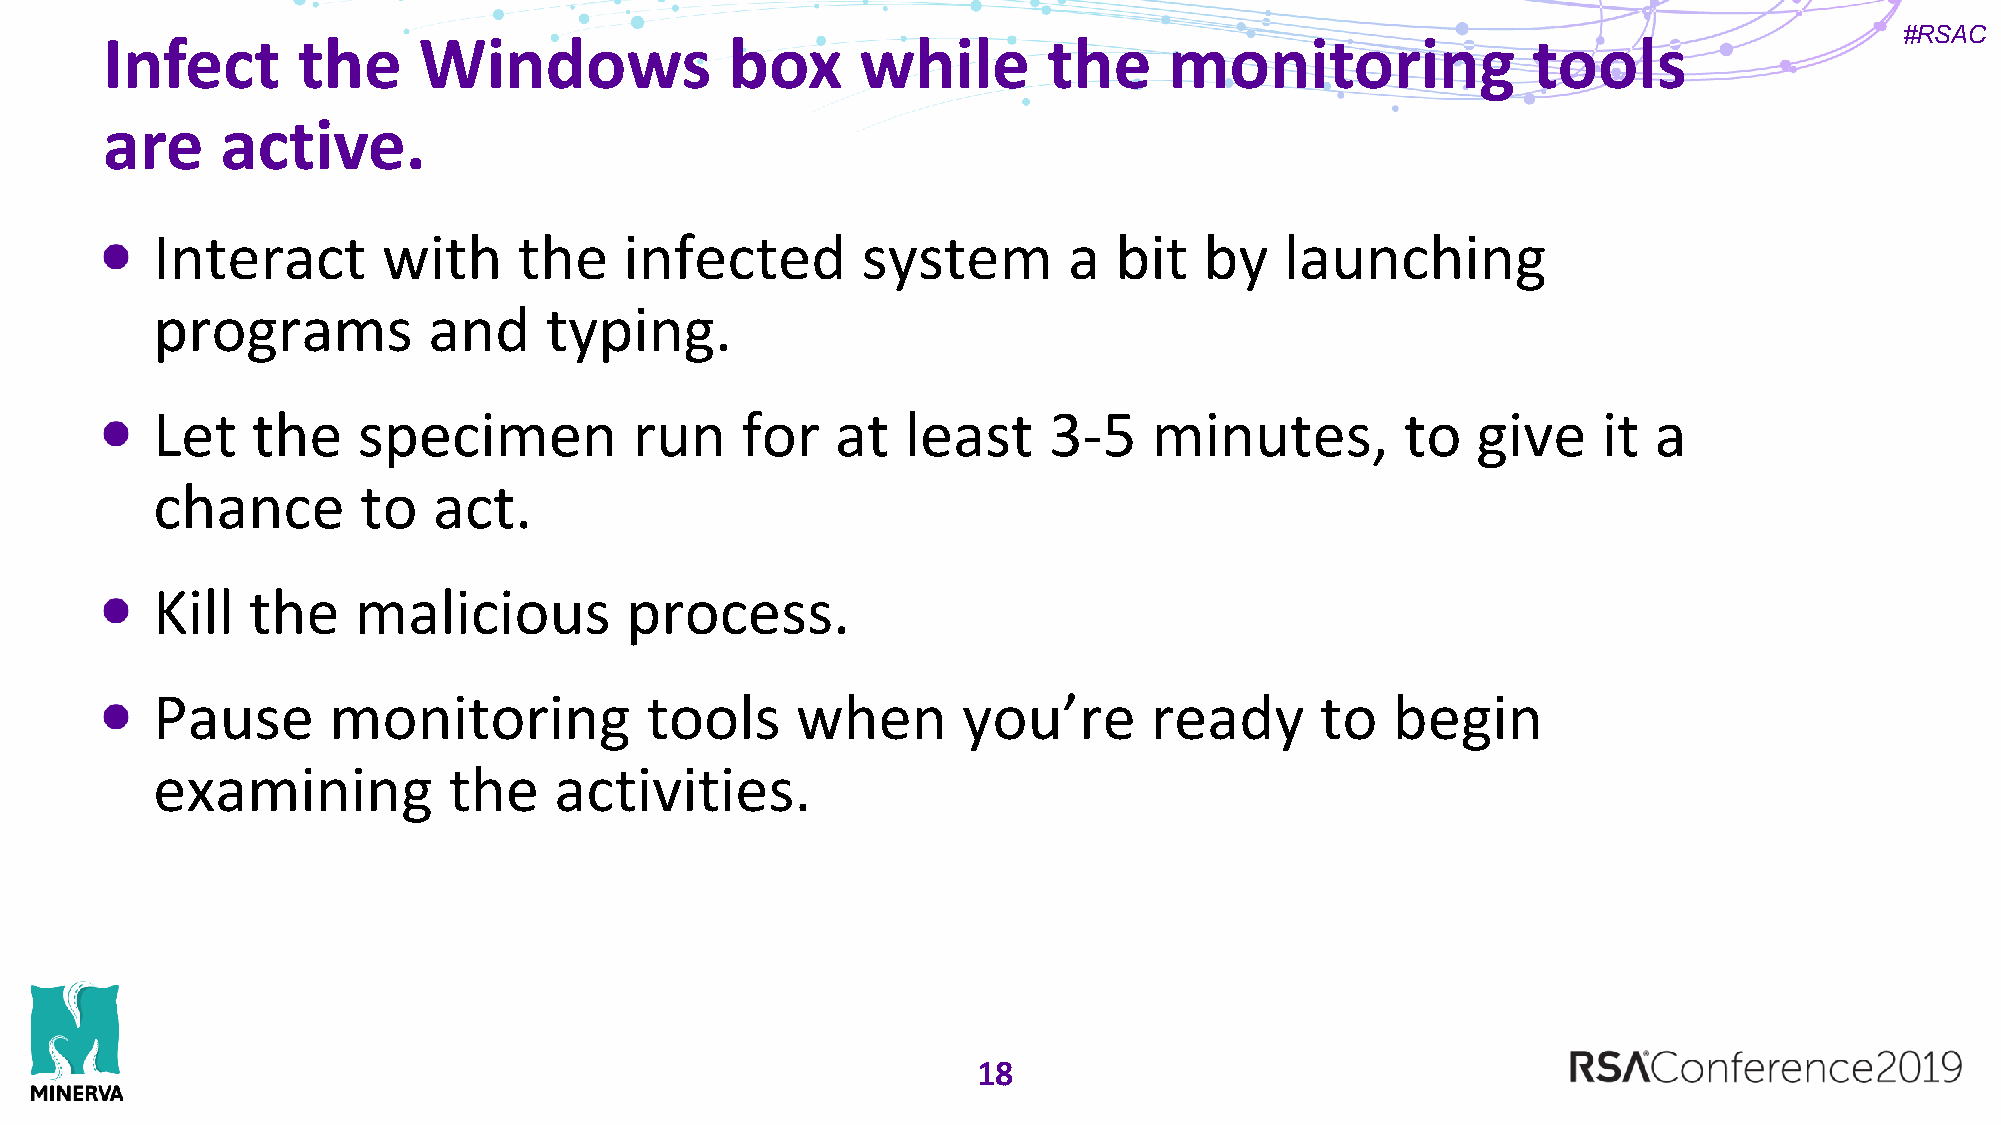
#RSAC
 Infect       the     Windows             box      while       the     monitoring              tools
 are     active.
 Interact       with     the    infected        system        a  bit   by   launching
 programs          and     typing.
 Let    the    specimen          run    for   at   least    3-5    minutes,         to   give    it a
 chance        to   act.
 Kill  the    malicious         process.
 Pause       monitoring           tools     when       you’re      ready      to   begin
 examining           the    activities.
 18